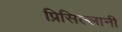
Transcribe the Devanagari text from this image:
प्रिसिल्लानी